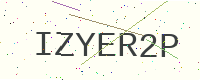
Text: IZYER2P